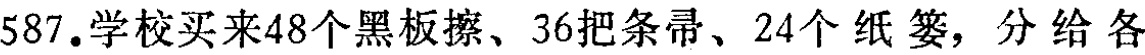
587.学校买来48个黑板擦、36把条帚、24个纸篓，分给各